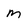
Character: M